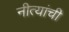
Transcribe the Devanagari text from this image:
नीत्यांची